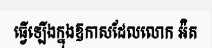
ធ្វើឡើងក្នុងឱកាសដែលលោក អ៉ិត